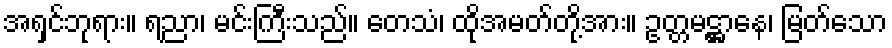
အရှင်ဘုရား။ ရညာ၊ မင်းကြီးသည်။ တေသံ၊ ထိုအမတ်တို့အား။ ဥတ္တမဋ္ဌာနေ၊ မြတ်သော